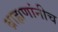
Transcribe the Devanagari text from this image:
ब्राह्मणांनीच